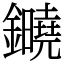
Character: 䥵